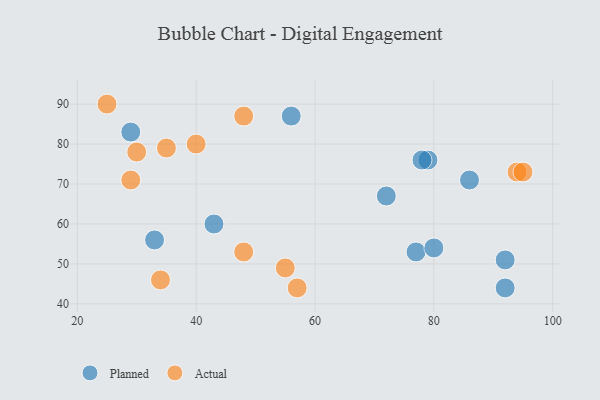
{"axis": {"x": "GDP", "y": "Life Expectancy"}, "legend": ["Actual", "Planned"], "data": [{"x": "79", "y": 76, "type": "Planned"}, {"x": "92", "y": 44, "type": "Planned"}, {"x": "29", "y": 83, "type": "Planned"}, {"x": "77", "y": 53, "type": "Planned"}, {"x": "33", "y": 56, "type": "Planned"}, {"x": "92", "y": 51, "type": "Planned"}, {"x": "86", "y": 71, "type": "Planned"}, {"x": "80", "y": 54, "type": "Planned"}, {"x": "43", "y": 60, "type": "Planned"}, {"x": "78", "y": 76, "type": "Planned"}, {"x": "56", "y": 87, "type": "Planned"}, {"x": "72", "y": 67, "type": "Planned"}, {"x": "35", "y": 79, "type": "Actual"}, {"x": "30", "y": 78, "type": "Actual"}, {"x": "25", "y": 90, "type": "Actual"}, {"x": "48", "y": 53, "type": "Actual"}, {"x": "29", "y": 71, "type": "Actual"}, {"x": "55", "y": 49, "type": "Actual"}, {"x": "34", "y": 46, "type": "Actual"}, {"x": "48", "y": 87, "type": "Actual"}, {"x": "40", "y": 80, "type": "Actual"}, {"x": "57", "y": 44, "type": "Actual"}, {"x": "94", "y": 73, "type": "Actual"}, {"x": "95", "y": 73, "type": "Actual"}]}